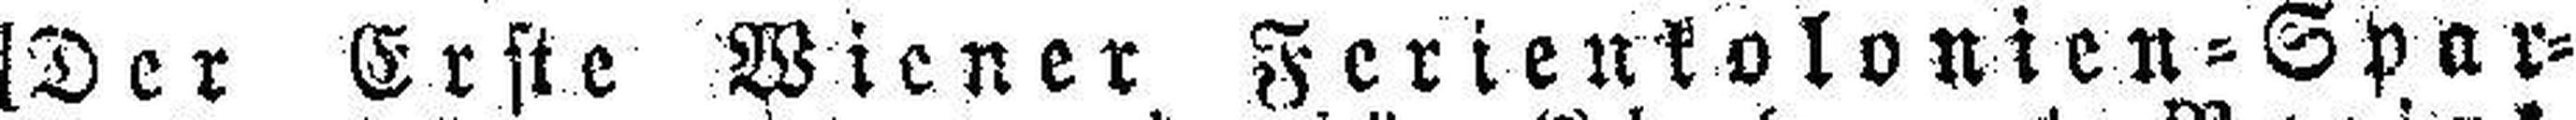
[D er Erste Wiener Ferienkolonien=Spar=